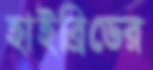
হাইব্রিডের